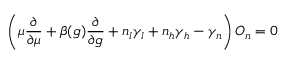
\left( \mu \frac { \partial } { \partial \mu } + \beta ( g ) \frac { \partial } { \partial g } + n _ { l } \gamma _ { l } + n _ { h } \gamma _ { h } - \gamma _ { n } \right) { \cal O } _ { n } = 0